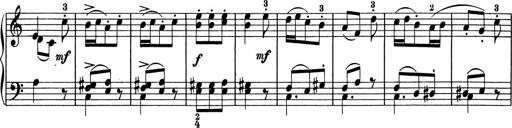
Title: 5 Sonatinen fÃ¼r die Jugend
Composer: Carl Reinecke